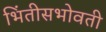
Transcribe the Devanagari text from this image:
भिंतीसभोवती